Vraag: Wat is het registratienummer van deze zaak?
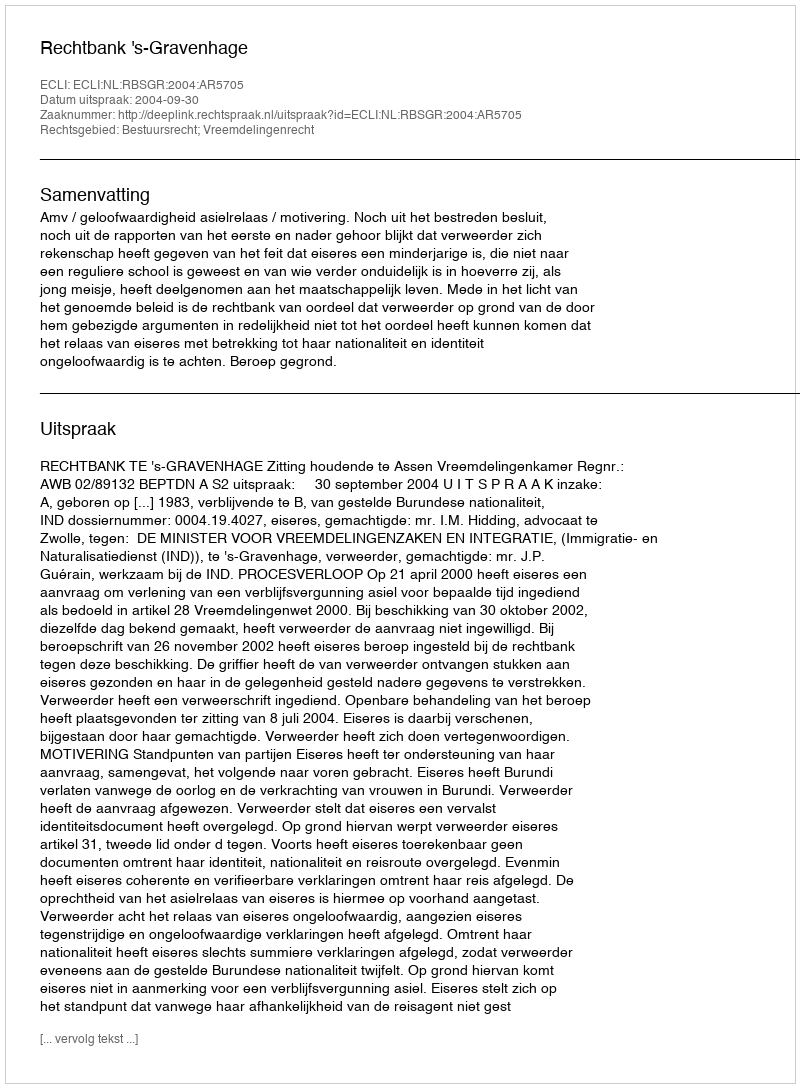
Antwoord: http://deeplink.rechtspraak.nl/uitspraak?id=ECLI:NL:RBSGR:2004:AR5705